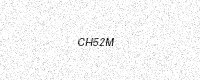
Text: CH52M